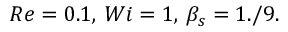
R e = 0 . 1 , \, W i = 1 , \, \beta _ { s } = 1 . / 9 .